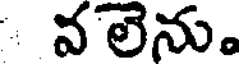
వలెను.